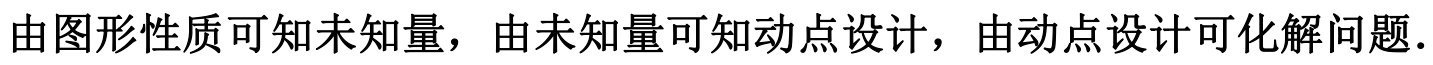
由图形性质可知未知量，由未知量可知动点设计，由动点设计可化解问题.